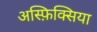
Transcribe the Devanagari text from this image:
अस्फ़िक्सिया